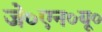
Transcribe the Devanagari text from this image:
जे०एन०यू०